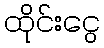
ထိုင်းငွေ